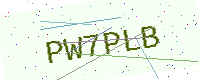
Text: PW7PLB